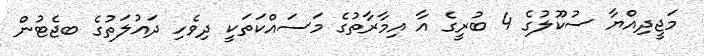
މަޖީދިއްޔާ ސުކޫލުގެ 4 ބުރީގެ އާ އިމާރާތުގެ މަސައްކަތަކީ ދިވެހި ދައުލަތުގެ ބޖެޓުން